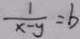
\frac { 1 } { x - y } = b